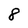
Character: 8